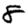
Digit: 8